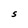
Character: S